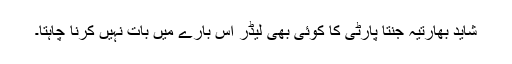
شاید بھارتیہ جنتا پارٹی کا کوئی بھی لیڈر اس بارے میں بات نہیں کرنا چاہتا۔